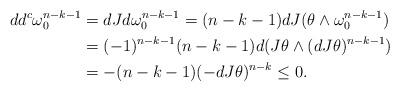
LaTeX: \begin{align*}dd^c \omega_0^{n-k-1} & = dJd\omega_0^{n-k-1} =(n-k-1) dJ(\theta \wedge \omega_0^{n-k-1}) \\& = (-1)^{n-k-1}(n-k-1) d(J\theta \wedge (dJ\theta)^{n-k-1}) \\& = -(n-k-1) (-dJ\theta)^{n-k} \leq 0 . \end{align*}